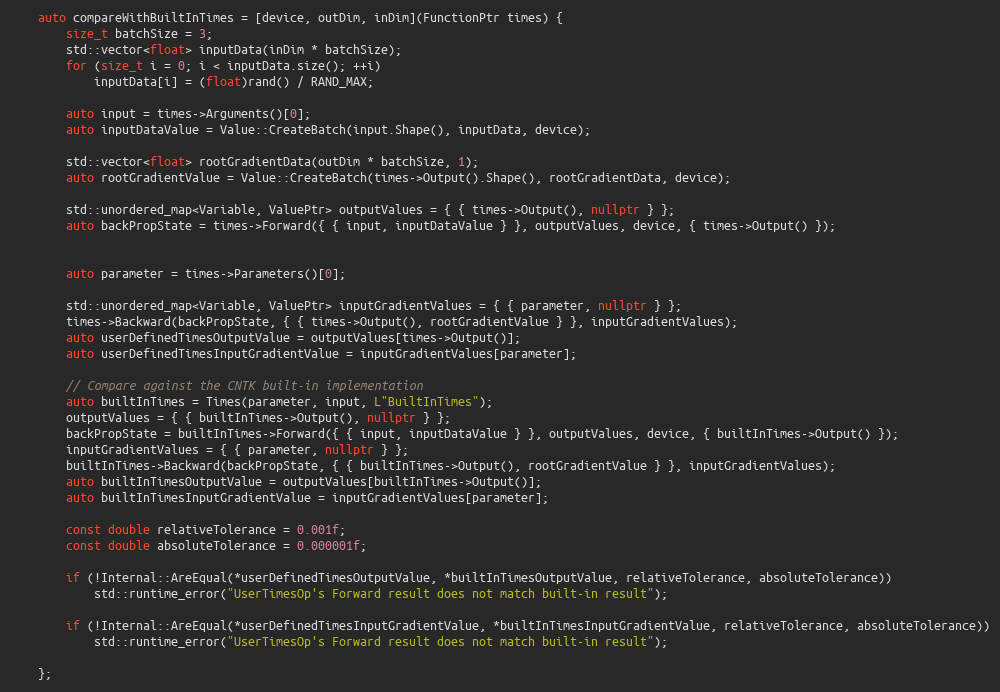
Language: C++
    auto compareWithBuiltInTimes = [device, outDim, inDim](FunctionPtr times) {
        size_t batchSize = 3;
        std::vector<float> inputData(inDim * batchSize);
        for (size_t i = 0; i < inputData.size(); ++i)
            inputData[i] = (float)rand() / RAND_MAX;

        auto input = times->Arguments()[0];
        auto inputDataValue = Value::CreateBatch(input.Shape(), inputData, device);

        std::vector<float> rootGradientData(outDim * batchSize, 1);
        auto rootGradientValue = Value::CreateBatch(times->Output().Shape(), rootGradientData, device);

        std::unordered_map<Variable, ValuePtr> outputValues = { { times->Output(), nullptr } };
        auto backPropState = times->Forward({ { input, inputDataValue } }, outputValues, device, { times->Output() });

        auto parameter = times->Parameters()[0];

        std::unordered_map<Variable, ValuePtr> inputGradientValues = { { parameter, nullptr } };
        times->Backward(backPropState, { { times->Output(), rootGradientValue } }, inputGradientValues);
        auto userDefinedTimesOutputValue = outputValues[times->Output()];
        auto userDefinedTimesInputGradientValue = inputGradientValues[parameter];

        // Compare against the CNTK built-in implementation
        auto builtInTimes = Times(parameter, input, L"BuiltInTimes");
        outputValues = { { builtInTimes->Output(), nullptr } };
        backPropState = builtInTimes->Forward({ { input, inputDataValue } }, outputValues, device, { builtInTimes->Output() });
        inputGradientValues = { { parameter, nullptr } };
        builtInTimes->Backward(backPropState, { { builtInTimes->Output(), rootGradientValue } }, inputGradientValues);
        auto builtInTimesOutputValue = outputValues[builtInTimes->Output()];
        auto builtInTimesInputGradientValue = inputGradientValues[parameter];

        const double relativeTolerance = 0.001f;
        const double absoluteTolerance = 0.000001f;

        if (!Internal::AreEqual(*userDefinedTimesOutputValue, *builtInTimesOutputValue, relativeTolerance, absoluteTolerance))
            std::runtime_error("UserTimesOp's Forward result does not match built-in result");

        if (!Internal::AreEqual(*userDefinedTimesInputGradientValue, *builtInTimesInputGradientValue, relativeTolerance, absoluteTolerance))
            std::runtime_error("UserTimesOp's Forward result does not match built-in result");

    };